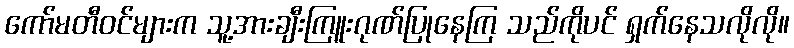
ကော်မတီဝင်များက သူ့အားချီးကြူးဂုဏ်ပြုနေကြ သည်ကိုပင် ရှက်နေသလိုလို။